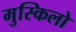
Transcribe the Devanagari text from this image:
मुस्किलो